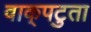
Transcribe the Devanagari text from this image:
वाक्‌पटुता